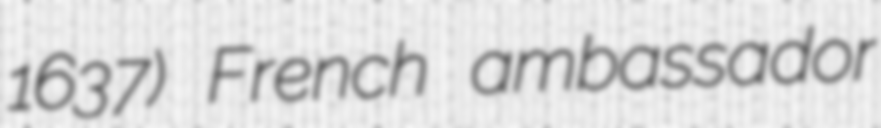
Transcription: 1637) French ambassador